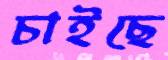
চাইছে